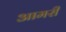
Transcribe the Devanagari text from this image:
आमरी